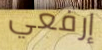
إرفعي